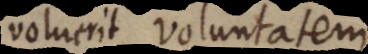
voluerit voluntatem